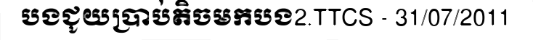
បងជូយប្រាប់តិចមកបង2.TTCS - 31/07/2011